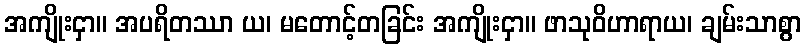
အကျိုးငှာ။ အပရိတဿာ ယ၊ မတောင့်တခြင်း အကျိုးငှာ။ ဖာသုဝိဟာရာယ၊ ချမ်းသာစွာ